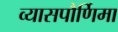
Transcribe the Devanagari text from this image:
व्यासपौर्णिमा